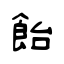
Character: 飴